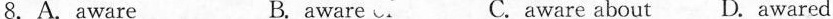
8.A.Aware B. aware c C.aware about D. Awared